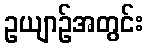
ဥယျာဉ်အတွင်း